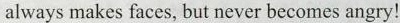
always makes faces, but never becomes angry!